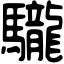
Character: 䮾